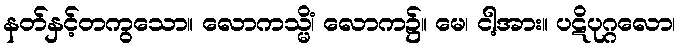
နတ်နှင့်တကွသော။ လောကသ္မိံ၊ လောက၌။ မေ၊ ငါ့အား။ ပဋိပုဂ္ဂလော၊